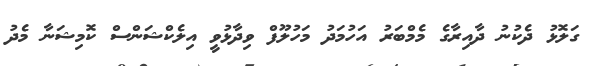
ގަލޮޅު ދެކުނު ދާއިރާގެ މެމްބަރު އަހުމަދު މަހުލޫފް ވިދާޅުވީ އިލެކްޝަންސް ކޮމިޝަނާ މެދު